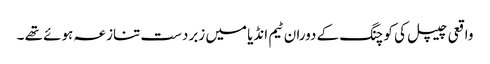
واقعی چیپل کی کوچنگ کے دوران ٹیم انڈیا میں زبردست تنازعہ ہوئے تھے ۔